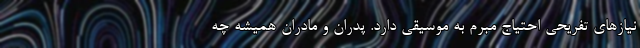
نیازهای تفریحی احتیاج مبرم به موسیقی دارد. پدران و مادران همیشه چه